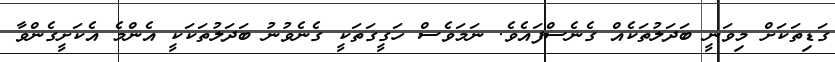
ގަޑިތަކަށް މިވަނީ ބަދަލުތަކެއް ގެނެސްފައެވެ. ނަމަވެސް ހަގީގަތަކީ ގެނެވުނު ބަދަލުތަކަކީ އެންމެ އެކަށީގެންވާ